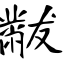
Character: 黻